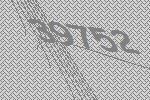
39752